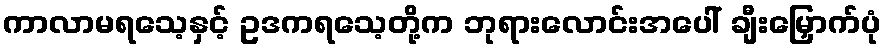
ကာလာမရသေ့နှင့် ဥဒကရသေ့တို့က ဘုရားလောင်းအပေါ် ချီးမြှောက်ပုံ